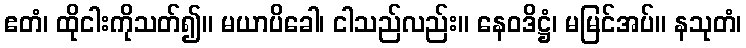
ဧတံ၊ ထိုငါးကိုသတ်၍။ မယာပိခေါ၊ ငါသည်လည်း။ နေဝဒိဋ္ဌံ၊ မမြင်အပ်။ နသုတံ၊